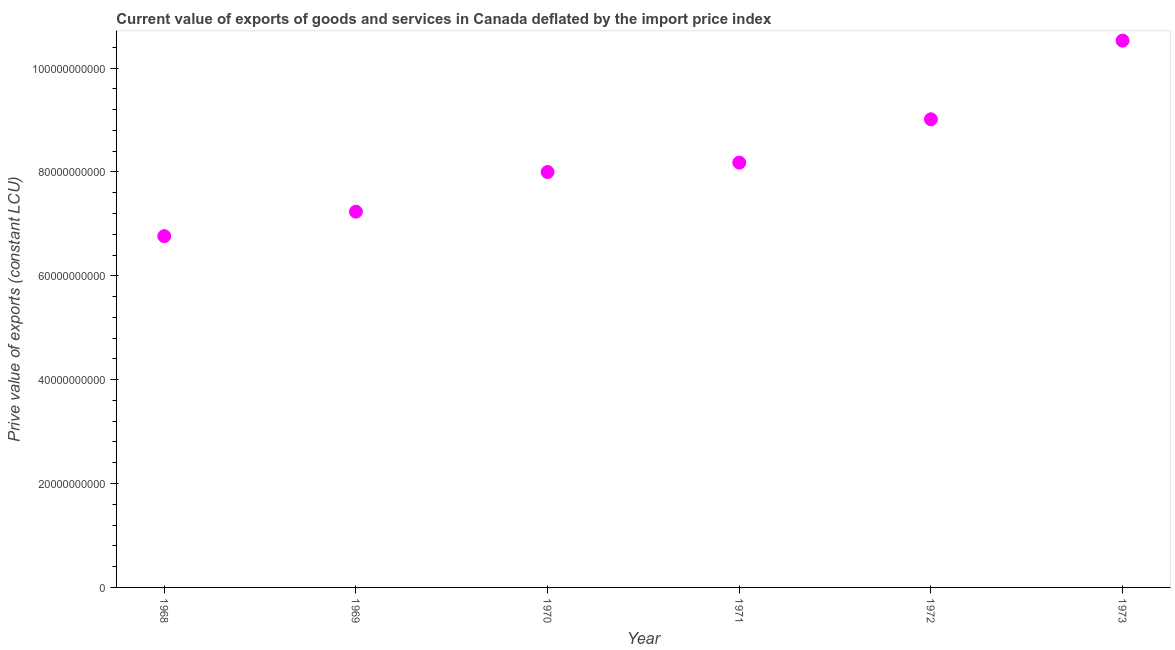
| Year | Exports as a capacity to import (constant LCU) |
 | --- | --- |
 | 1968 | 6.76e+10 |
 | 1969 | 7.23e+10 |
 | 1970 | 8e+10 |
 | 1971 | 8.18e+10 |
 | 1972 | 9.01e+10 |
 | 1973 | 1.05e+11 |